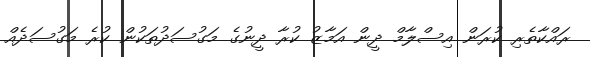
ރައްކާތެރި ކުރަން އިސްލާމް ދީން އަމާޒު ކުރާ ދީނުގެ މަގުސަދުތަކުން ކުރެ މަގުސަދެއް